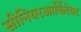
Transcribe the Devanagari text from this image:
सीनियरआर्किटेक्ट